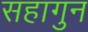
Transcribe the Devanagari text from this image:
सहागुन